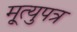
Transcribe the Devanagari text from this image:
मृ्त्युपत्र